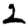
Digit: 2